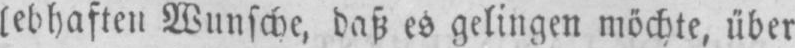
lebhaften Wunsche, daß es gelingen möchte, über